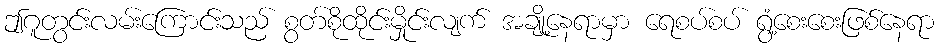
ဤဂူတွင်းလမ်းကြောင်းသည် စွတ်စိုထိုင်းမှိုင်းလျက် အချို့နေရာမှာ ရေစပ်စပ် ရွံ့စေးစေးဖြစ်နေရာ